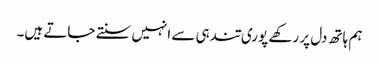
ہم ہاتھ دل پر رکھے پوری تندہی سے انہیں سنتے جاتے ہیں۔